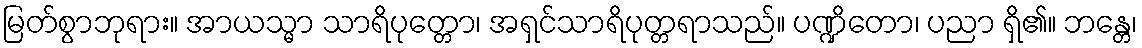
မြတ်စွာဘုရား။ အာယသ္မာ သာရိပုတ္တော၊ အရှင်သာရိပုတ္တရာသည်။ ပဏ္ဍိတော၊ ပညာ ရှိ၏။ ဘန္တေ၊